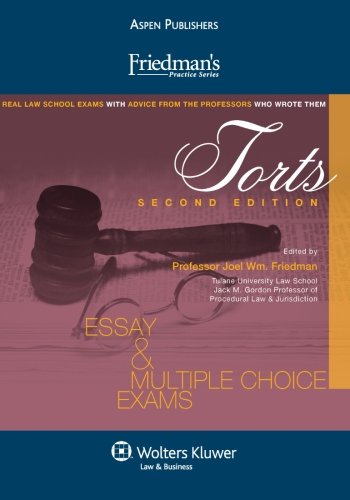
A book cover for Friedman's Torts: Essay & Multiple Choice Exams, Second Edition (Friedman's Practice); Joel Wm. Friedman; Law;